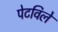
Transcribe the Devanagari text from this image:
पेटविले